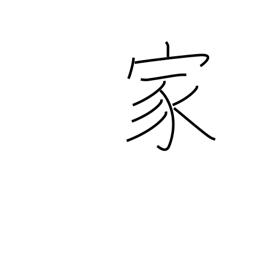
Meaning: expert